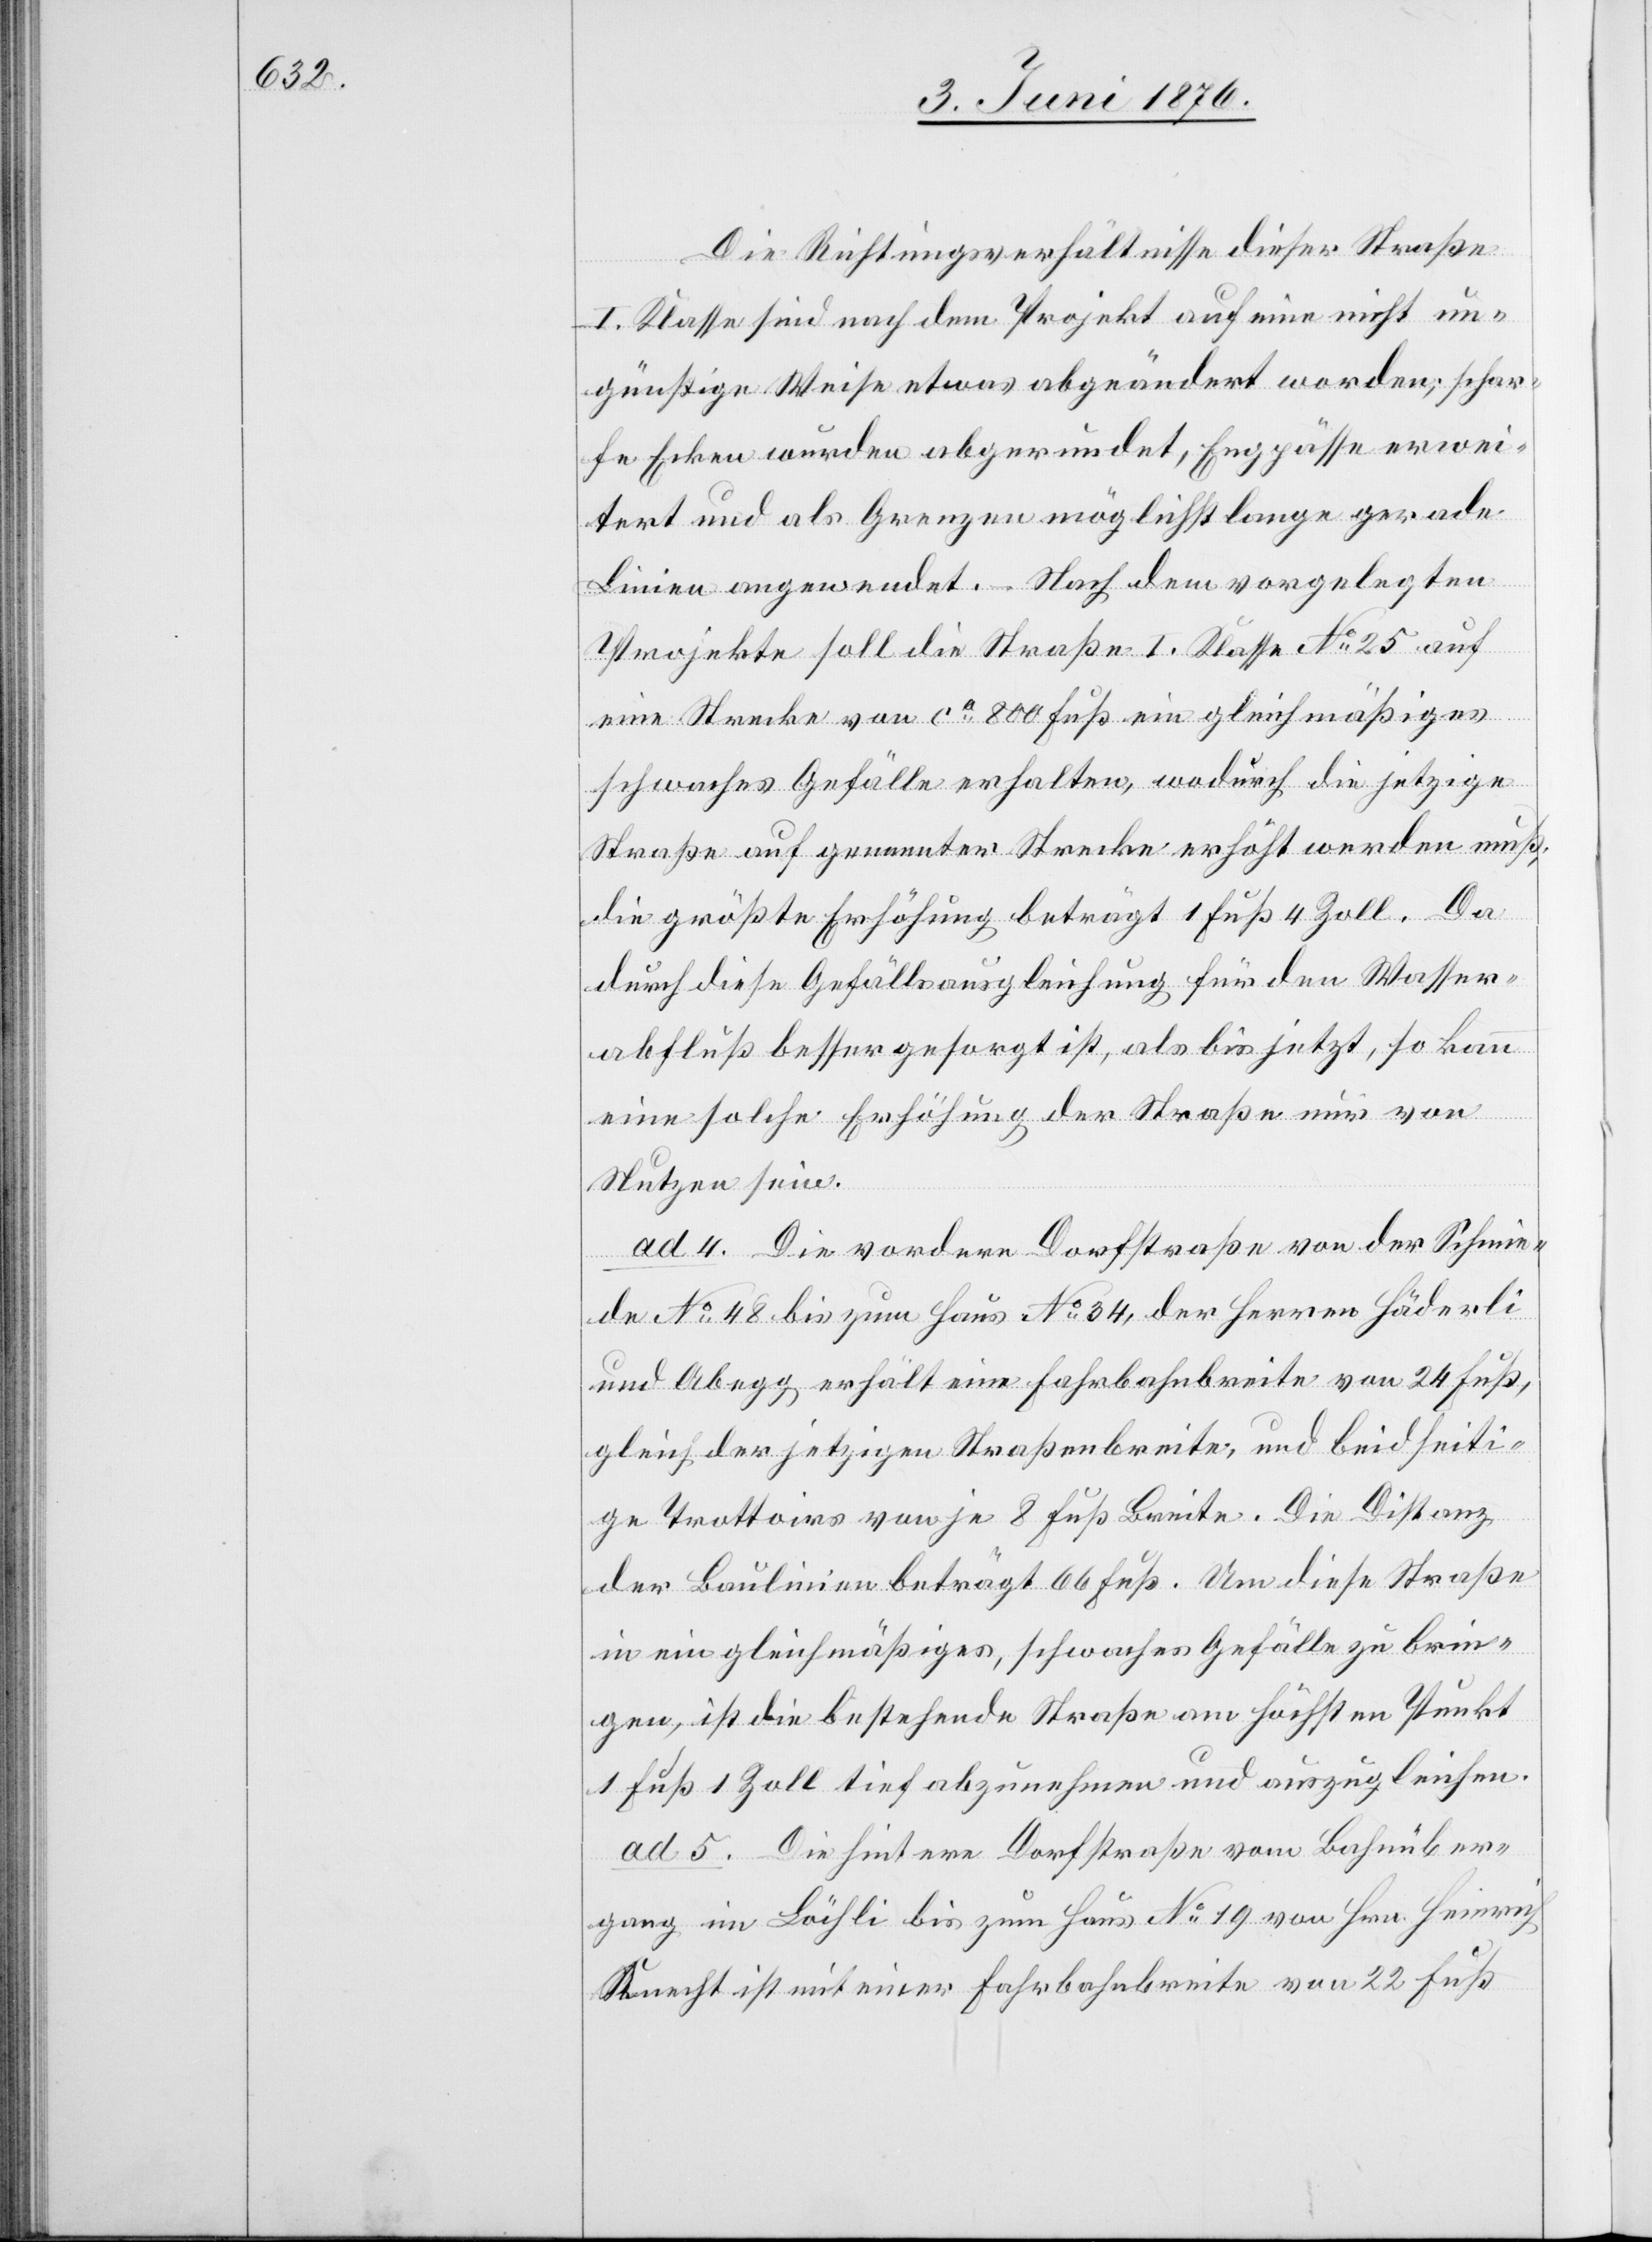
Die Richtungsverhältnisse dieser Straße
I. Klasse sind nach dem Projekt auf eine nicht un¬
günstige Weise etwas abgeändert worden; schar¬
fe Ecken wurden abgerundet, Engpässe erwei¬
tert und als Grenzen möglichst lange gerade
Linien angewendet. – Nach dem vorgelegten
Projekte soll die Straße I. Klasse No 25 auf
eine Strecke von ca 800 Fuß ein gleichmäßiges
schwaches Gefälle erhalten, wodurch die jetzige
Straße auf genannter Strecke erhöht werden muß;
die größte Erhöhung beträgt 1 Fuß 4 Zoll. Da
durch diese Gefällsausgleichung für den Wasser¬
abfluß besser gesorgt ist, als bis jetzt, so kann
eine solche Erhöhung der Straße nur von
Nutzen sein.
ad 4. Die vordere Dorfstraße von der Schmie¬
de No 48 bis zum Haus No 34, der Herren Häderli
und Abegg erhält eine Fahrbahnbreite von 24 Fuß,
gleich der jetzigen Straßenbreite, und beidseiti¬
ge Trottoirs von je 8 Fuß Breite. Die Distanz
der Baulinien beträgt 66 Fuß. Um diese Straße
in ein gleichmäßiges, schwaches Gefälle zu brin¬
gen, ist die bestehende Straße am höchsten Punkt
1 Fuß 1 Zoll tief abzunehmen und auszugleichen.
ad 5. Die hintere Dorfstraße vom Bachüber¬
gang im Löchli bis zum Haus No 19 von Hrn. Heinrich
Knecht ist mit einer Fahrbahnbreite von 22 Fuß